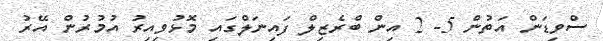
ސްވިޑަން އަތުން 5- 2 އިން ބްރެޒިލް ފައިނަލްގައި މޮޅުވިއިރު އުމުރުން އޭރު